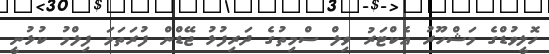
ހޮލީވުޑްގެ މަޝްހޫރު އެކްޓަރު ވިލް ސްމިތުގެ ދަރިފުޅު ޖޭޑްން ފުރަތަމަ ފިލްމު ކުޅުނީ